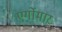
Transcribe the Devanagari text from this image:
एर्गोमार